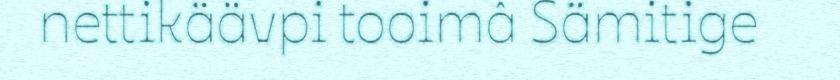
nettikäävpi tooimâ Sämitige